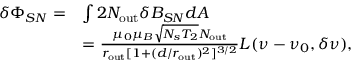
\begin{array} { r l } { \delta \Phi _ { S N } = } & { \int 2 N _ { \mathrm { o u t } } \delta B _ { S N } d A } \\ & { = \frac { \mu _ { 0 } \mu _ { B } \sqrt { N _ { s } T _ { 2 } } N _ { \mathrm { o u t } } } { r _ { \mathrm { o u t } } [ 1 + ( d / r _ { \mathrm { o u t } } ) ^ { 2 } ] ^ { 3 / 2 } } L ( \nu - \nu _ { 0 } , \delta \nu ) , } \end{array}